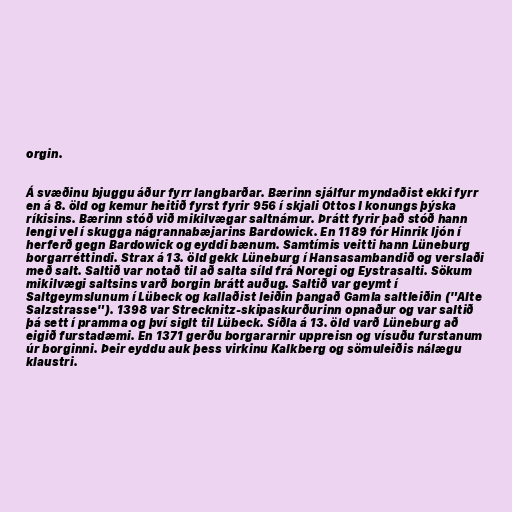
orgin.

Á svæðinu bjuggu áður fyrr langbarðar. Bærinn sjálfur myndaðist ekki fyrr
en á 8. öld og kemur heitið fyrst fyrir 956 í skjali Ottos I konungs þýska
ríkisins. Bærinn stóð við mikilvægar saltnámur. Þrátt fyrir það stóð hann
lengi vel í skugga nágrannabæjarins Bardowick. En 1189 fór Hinrik ljón í
herferð gegn Bardowick og eyddi bænum. Samtímis veitti hann Lüneburg
borgarréttindi. Strax á 13. öld gekk Lüneburg í Hansasambandið og verslaði
með salt. Saltið var notað til að salta síld frá Noregi og Eystrasalti. Sökum
mikilvægi saltsins varð borgin brátt auðug. Saltið var geymt í
Saltgeymslunum í Lübeck og kallaðist leiðin þangað Gamla saltleiðin ("Alte
Salzstrasse"). 1398 var Strecknitz-skipaskurðurinn opnaður og var saltið
þá sett í pramma og því siglt til Lübeck. Síðla á 13. öld varð Lüneburg að
eigið furstadæmi. En 1371 gerðu borgararnir uppreisn og vísuðu furstanum
úr borginni. Þeir eyddu auk þess virkinu Kalkberg og sömuleiðis nálægu
klaustri.